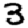
Digit: 3